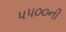
૫૫૦૦ની